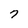
Character: 7